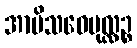
အာမိသဝေပုလ္လဉ္စ